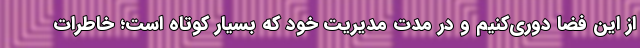
از این فضا دوری‌کنیم و در مدت مدیریت خود که بسیار کوتاه است؛ خاطرات